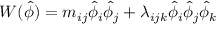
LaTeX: W ( \hat { \phi } ) = m _ { i j } \hat { \phi } _ { i } \hat { \phi } _ { j } + \lambda _ { i j k } \hat { \phi } _ { i } \hat { \phi } _ { j } \hat { \phi } _ { k }